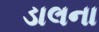
ડાલના